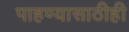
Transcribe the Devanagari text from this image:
पाहण्यासाठीही